Indian journal of veterinary science and animal husbandry - Volume 3,
Year: 1933
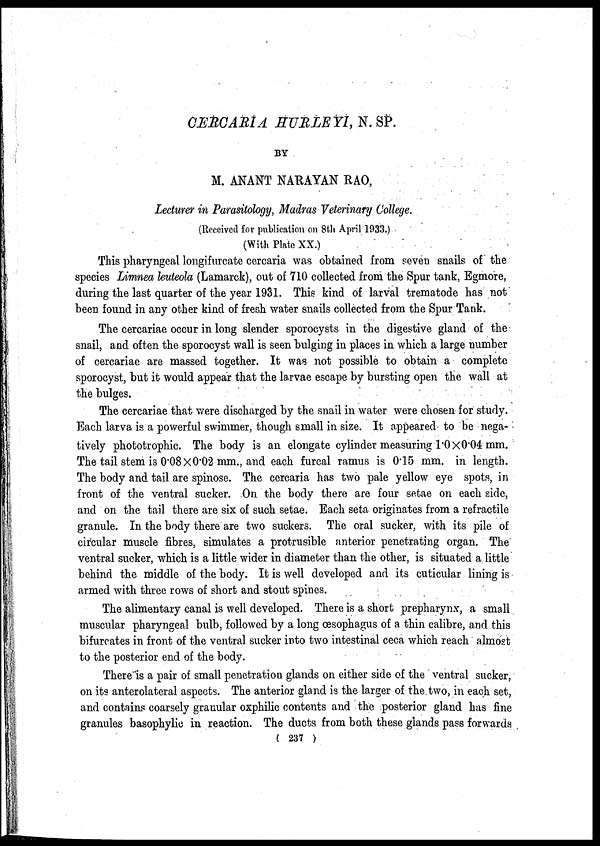
CERCARIA HURLEYI, N. SP.
BY
M. ANANT NARAYAN RAO,
Lecturer in Parasitology, Madras Veterinary College.
(Received for publication on 8th April 1933.)
(With Plate XX.)
This pharyngeal longifurcate cercaria was obtained from seven snails of the
species Limnea leuteola (Lamarck), out of 710 collected from the Spur tank, Egmore,
during the last quarter of the year 1931. This kind of larval trematode has not
been found in any other kind of fresh water snails collected from the Spur Tank.
The cercariae occur in long slender sporocysts in the digestive gland of the
snail, and often the sporocyst wall is seen bulging in places in which a large number
of cercariae are massed together. It was not possible to obtain a complete
sporocyst, but it would appear that the larvae escape by bursting open the wall at
the bulges.
The cercariae that were discharged by the snail in water were chosen for study.
Each larva is a powerful swimmer, though small in size. It appeared to be nega-
tively phototrophic. The body is an elongate cylinder measuring 1.0 × 0.04 mm.
The tail stem is 0.08 × 0.02 mm., and each furcal ramus is 0.15 mm. in length.
The body and tail are spinose. The cercaria has two pale yellow eye spots, in
front of the ventral sucker. On the body there are four setae on each side,
and on the tail there are six of such setae. Each seta originates from a refractile
granule. In the body there are two suckers. The oral sucker, with its pile of
circular muscle fibres, simulates a protrusible anterior penetrating organ. The
ventral sucker, which is a little wider in diameter than the other, is situated a little
behind the middle of the body. It is well developed and its cuticular lining is
armed with three rows of short and stout spines.
The alimentary canal is well developed. There is a short prepharynx, a small
muscular pharyngeal bulb, followed by a long œsophagus of a thin calibre, and this
bifurcates in front of the ventral sucker into two intestinal ceca which reach almost
to the posterior end of the body.
There is a pair of small penetration glands on either side of the ventral sucker,
on its anterolateral aspects. The anterior gland is the larger of the two, in each set,
and contains coarsely granular oxphilic contents and the posterior gland has fine
granules basophylic in reaction. The ducts from both these glands pass forwards
( 237 )